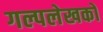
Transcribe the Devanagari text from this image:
गल्पलेखकों